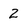
Character: 2